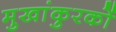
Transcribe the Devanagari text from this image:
मुखांकुरकों